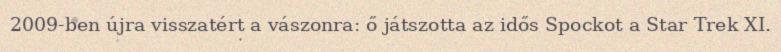
2009-ben újra visszatért a vászonra: ő játszotta az idős Spockot a Star Trek XI.